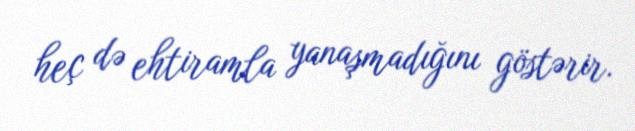
heç də ehtiramla yanaşmadığını göstərir.